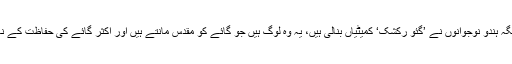
جب سے ملک میں بی جے پی کی حکومت آئی ہے، جگہ جگہ ہندو نوجوانوں نے ’گئو رکشک‘ کمیٹیاں بنالی ہیں، یہ وہ لوگ ہیں جو گائے کو مقدس مانتے ہیں اور اکثر گائے کی حفاظت کے نام پر قانون کو اپنے ہاتھوں میں لینے سے پرہیز نہیں کرتے۔